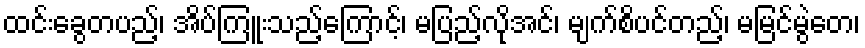
ထင်းခွေတပည့်၊ အိပ်ကြူးသည့်ကြောင့်၊ မပြည့်လိုအင်၊ မျက်စိပင်တည့်၊ မမြင်မွဲတေ၊